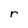
Character: r